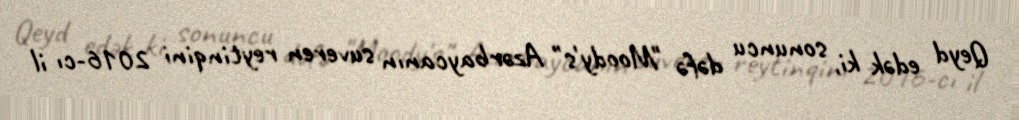
Qeyd edək ki, sonuncu dəfə "Moody's" Azərbaycanın suveren reytinqini 2016-cı il